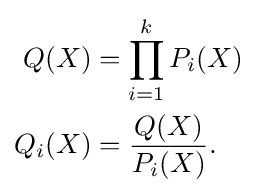
{\begin{aligned}Q(X)&=\prod _{i=1}^{k}P_{i}(X)\\Q_{i}(X)&={\frac {Q(X)}{P_{i}(X)}}.\end{aligned}}